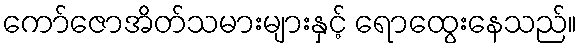
ကော်ဇောအိတ်သမားများနှင့် ရောထွေးနေသည်။